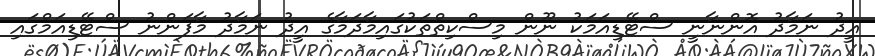
އީދު ނަމާދު އޮންނާނީ ސްޓޭޑިއަމަކު ނޫން މިސްކިތްތަކުގައިމާދަމާގެ އީދު ނަމާދު މާފަންނު ސްޓޭޑިއަމްގައި